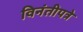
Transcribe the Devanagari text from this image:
विनंतीपत्रे